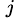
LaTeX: ^{\, j}